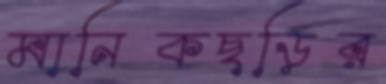
মানিকছড়ির